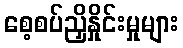
စေ့စပ်ညှိနှိုင်းမှုများ